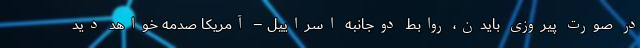
در صورت پیروزی بایدن، روابط دوجانبه اسراییل – آمریکا صدمه خواهد دید